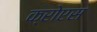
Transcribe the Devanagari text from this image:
क्रोएस